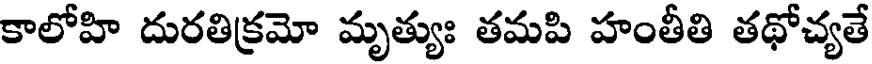
కాలోహి దురతిక్రమో మృత్యుః తమపి హంతీతి తథోచ్యతే